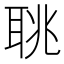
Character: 聎